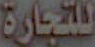
للتجارة